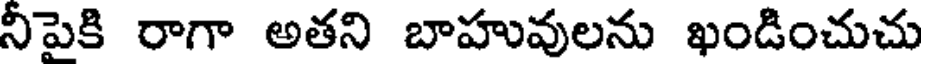
నీపైకి రాగా అతని బాహువులను ఖండించుచు